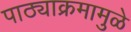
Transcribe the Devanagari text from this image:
पाठ्याक्रमामुळे